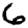
Digit: 6